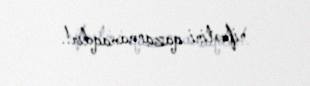
nifrətini qazanmamaqdır!.